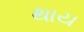
થાય